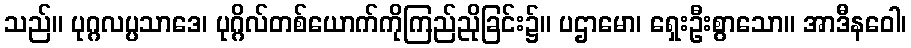
သည်။ ပုဂ္ဂလပ္ပသာဒေ၊ ပုဂ္ဂိလ်တစ်ယောက်ကိုကြည်ညိုခြင်း၌။ ပဌာမော၊ ရှေးဦးစွာသော။ အာဒီနဝေါ၊